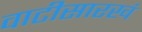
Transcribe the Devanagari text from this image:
वाटीसारखं